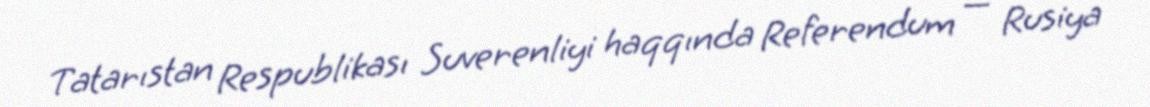
Tatarıstan Respublikası Suverenliyi haqqında Referendum — Rusiya